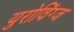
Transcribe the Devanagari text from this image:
युरोविंग्ज